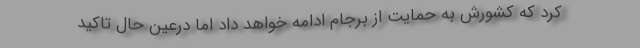
کرد که کشورش به حمایت از برجام ادامه خواهد داد اما درعین حال تاکید